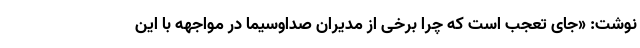
نوشت: «جای تعجب است که چرا برخی از مدیران صداوسیما در مواجهه با این